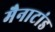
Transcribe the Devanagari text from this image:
मैनाटांड